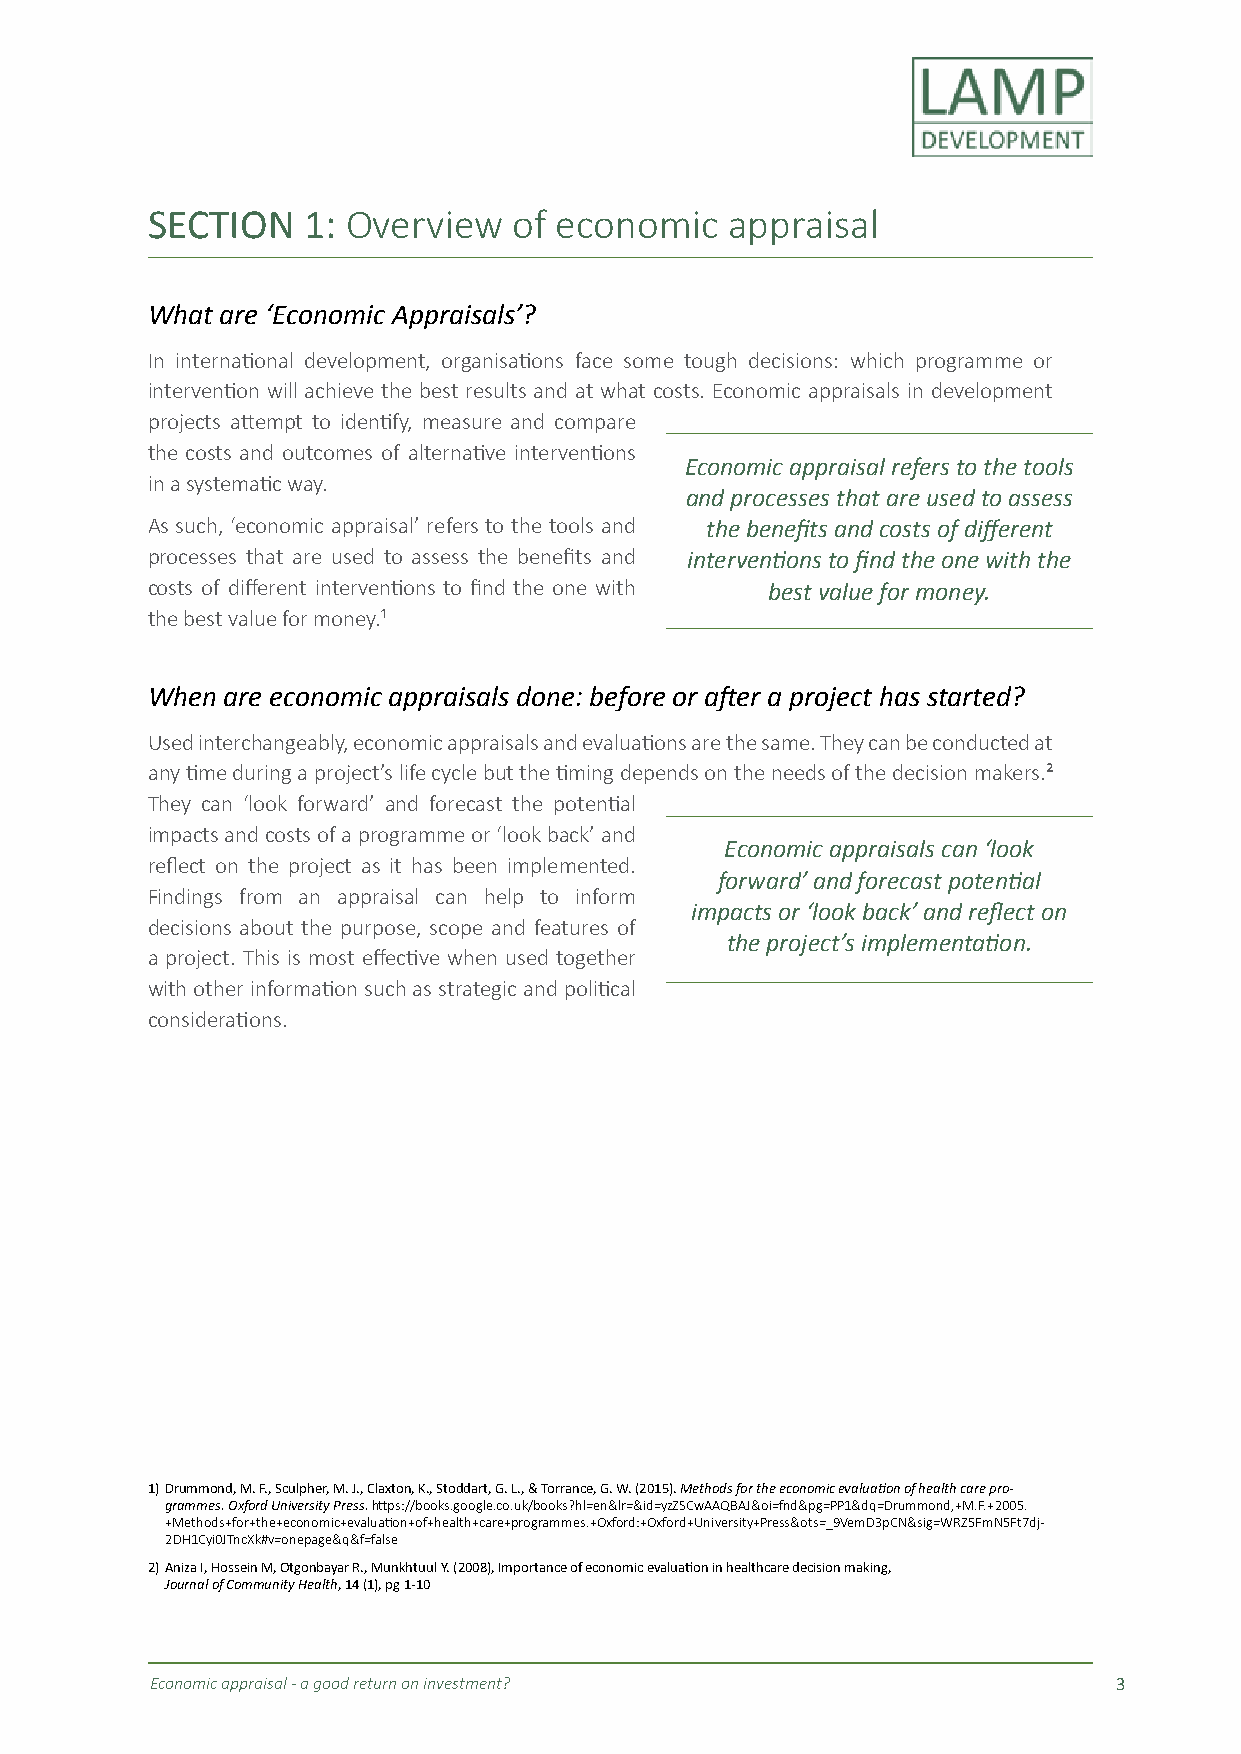
SECTION   1: Overview   of economic   appraisal
 What are ‘Economic Appraisals’?
 In international development, organisations face some tough decisions: which programme or
 intervention will achieve the best results and at what costs. Economic appraisals in development
 projects attempt to identify, measure and compare
 the costs and outcomes of alternative interventions
 Economic appraisal refers to the tools
 in a systematic way.
 and processes that are used to assess
 As such, ‘economic appraisal’ refers to the tools and the benefits and costs of different
 processes that are used to assess the benefits and interventions to find the one with the
 costs of different interventions to find the one with best value for money.
 the best value for money.¹
 When are economic appraisals done: before or after a project has started?
 Used interchangeably, economic appraisals and evaluations are the same. They can be conducted at
 any time during a project’s life cycle but the timing depends on the needs of the decision makers.²
 They can ‘look forward’ and forecast the potential
 impacts and costs of a programme or ‘look back’ and
 Economic appraisals can ‘look
 reflect on the project as it has been implemented.
 forward’ and forecast potential
 Findings from an appraisal can help to inform
 impacts or ‘look back’ and reflect on
 decisions about the purpose, scope and features of
 the project’s implementation.
 a project. This is most effective when used together
 with other information such as strategic and political
 considerations.
 1) Drummond, M. F., Sculpher, M. J., Claxton, K., Stoddart, G. L., & Torrance, G. W. (2015). Methods for the economic evaluation of health care pro-
 grammes. Oxford University Press. https://books.google.co.uk/books?hl=en&lr=&id=yzZSCwAAQBAJ&oi=fnd&pg=PP1&dq=Drummond,+M.F.+2005.
 +Methods+for+the+economic+evaluation+of+health+care+programmes.+Oxford:+Oxford+University+Press&ots=_9VemD3pCN&sig=WRZ5FmN5Ft7dj-
 2DH1Cyi0JTncXk#v=onepage&q&f=false
 2) Aniza I, Hossein M, Otgonbayar R., Munkhtuul Y. (2008), Importance of economic evaluation in healthcare decision making,
 Journal of Community Health, 14 (1), pg 1-10
 Economic appraisal - a good return on investment?               3